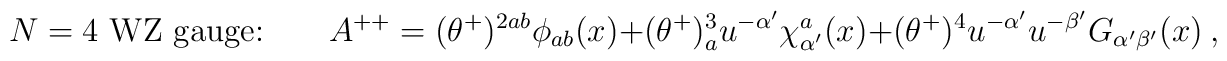
\mbox{$N=4$ WZ gauge:}\qquad A^{++}= (\theta^+)^{2ab}\phi_{ab}(x) +(\theta^+)^3_au^{-\alpha'}\chi^{a}_{\alpha'}(x) + (\theta^+)^4 u^{-\alpha'}u^{-\beta'}G_{\alpha'\beta'}(x)\ ,